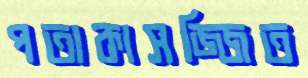
পতাকাসজ্জিত